Vaccination in Bombay 1889-1901 - 1889-1901
Year: 1889
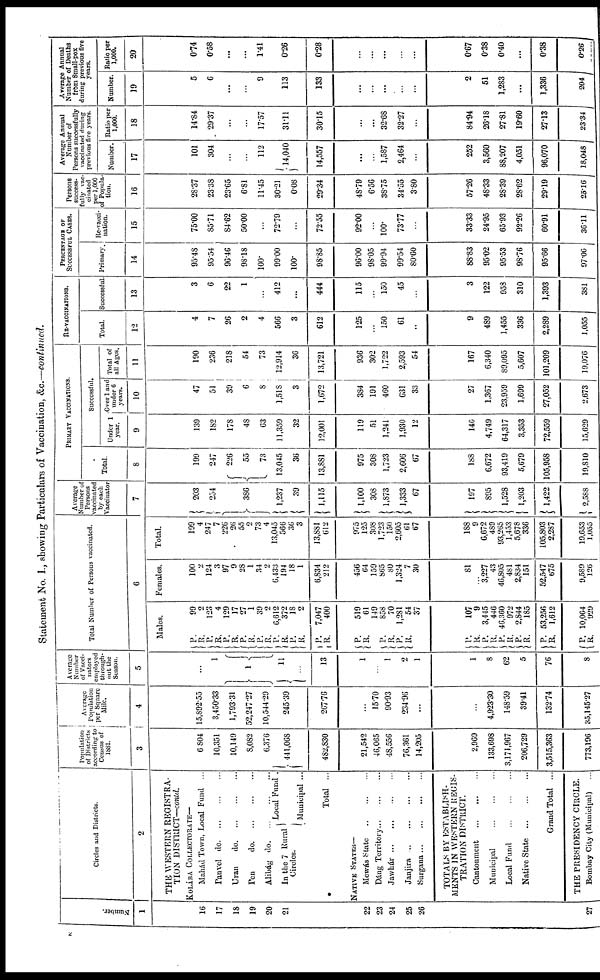
Statement No. I., showing Particulars of Vaccination, &c.—continued.
Number.
1
16
17
18
19
20
21
22
23
24
25
26
27
Circles and Districts.
2
THIS WESTERN REGISTRA-
TION DISTRICT—contd.
KOLÁBA COLLECTORATE—
Mahád Town, Local Fund
...
Panvel do. ... ... ...
Uran
do. ... ... ...
Pen
do. ... ... ...
Alibág
do. ... ... ...
In the 7 Rural
Circles.
Local Fund .
Municipal ...
Total ...
NATIVE STATES—
Mewás State
...
...
...
Dáng
Territory...
...
...
Jawhár...
...
...
...
Janjira ... ... ...
Surgana
...
...
...
...
TOTALS BY ESTABLISH-
MENTS IN WESTERN REGIS¬
TRATION DISTRICT.
Cantonment
...
...
...
Municipal
...
...
...
Local Fund
...
...
...
Native State
...
...
...
Grand Total ...
THE PRESIDENCY CIRCLE.
Bombay City (Municipal)
Population
of Districts
according to
Census of
1881.
3
6,804
10,351
10,149
8,082
6,376
441,068
482,830
21,542
46,065
48,556
76,361
14,205
2,969
133,698
3,171,967
206,729
3,515,363
773,196
Average
Population
per Square
Mile.
4
15,892.55
3,450.33
1,793.31
52,247.27
10,544.29
245.39
267.76
15.70
90.93
234.96
...
...
4,923.30
148.59
39.41
132.74
35,145.27
Average
Number
of Vacci¬
nators
employed
through¬
out the
Season.
5
...
1
1
11
...
13
1
...
1
2
1
1
8
62
5
76
8
Total Number of Persons vaccinated.
6
Males.
P.
R.
P.
R.
P.
R. P.
R.
P.
R.
P.
R.
P.
R.
P.
R.
99 2
123
4
129
17
27
1
39
2
6,612
372
18
2
7,047
400
P.
R. 519 61
149
P.
R.
P. R.
858
70
1,281
54
37
P. R.
P.
R.
P.
R.
P.
R.
P.
R.
P.
R.
107
9
3,445
446
46,360
972
2,844
185
53,256
1,612
10,064 929
Females.
100 2
124
3
97
9
28
1
34
2 6,433
194
18
1
6,834
212
456
64
159
865
80
1,324
7
30
81
... 3,227
43
46,805
481
2,834
151
52,547
675
9,589 126
Total.
199 4
247
7
226
26
55
2
73
4 13,045
566
36
3
13,881
612
975
125
308
1,723
150
2,605
61
67
188
9
6,672
489
93,265
1,453
5,678
336
105,803
2,287
19,653 1,055
Average
Number of
Persons
vaccinated
by each
Vaccinator
7
203
254
386
1,237
39
1,115
1,100
308
1,873
1,333
67
197
895
1,528
1,203
1,422
2,588
PRIMARY VACCINATIONS.
Total.
8
199
247
226
55
73
13,045
36
13,881
975
308
1,723
2,606
67
188
6,672
93,419
5,679
105,958
19,810
Successful.
Under 1
year.
9
139
182
178
48
63
11,359
32
12,001
119
51
1,241
1,930
12
140
4,749
64,317
3,353
72,559
15,629
Over 1 and
under 6
years.
10
47
511
39
6
8
1,518
3
1,672
384
191
460
631
33
27
1,367
23,959
1,699
27,052
2,673
Total of
all Ages.
11
190
236
218
54
73
12,914
36
13,721
936
302
1,722
2,593
54
167
6,340
89,095
5,607
101,209
19,076
RE-VACCINATIONS.
Total.
12
4
7
26
2
4
566
3
612
125
...
150
61
...
9
489
1,455
336
2,289
1,055
Successful.
13
3
6
22
1
...
412
...
444
115
...
150
45
...
3
122
958
310
1,393
381
PERCENTAGE OF
SUCCESSFUL CASES.
Primary.
14
95.48
95.54
96.46
98.18
100.
99.00
100.
98.85
96.00
98.05
99.94
99.54
80.60
88.83
95.02
95.53
98.76
95.66
97.06
Re-vacci-
nation.
15
75.00
85.71
84.62
50.00
...
72.79
...
72.55
92.00
...
100.
73.77
...
33.33
24.95
65.93
92.26
60.91
36.11
Persons
success-
fully vac-
cinated
per 1,000
of Popula-
tion.
16
28.37
23.38
23.65
6.81
11.45
30.21
0.08
29.34
48.79
6.56
38.75
34.55
3.80
57.26
48.33
28.39
28.62
29.19
25.16
Average Annual
Number of
Persons successfully
vaccinated during
previous five years.
Number.
17
101
304
...
...
112
14,040
14,557
...
...
1,587
2,464
...
252
3,560
88,207
4,051
96,070
18,048
Ratio per
1,000.
18
14.84
29.37
...
...
17.57
31.11
30.15
...
...
32.68
32.27
...
84.94
26.18
27.81
19.60
27.13
23.34
Average Annual
Number of Deaths
from Small-pox
during previous five
years.
Number.
19
5
6
...
...
9
113
133
...
...
...
...
...
2
51
1,283
...
1,336
204
Ratio per
1,000.
20
0.74
0.58
...
...
1.41
0.26
0.28
...
...
...
...
...
0.67
0.38
0.40
...
0.38
0.26
2